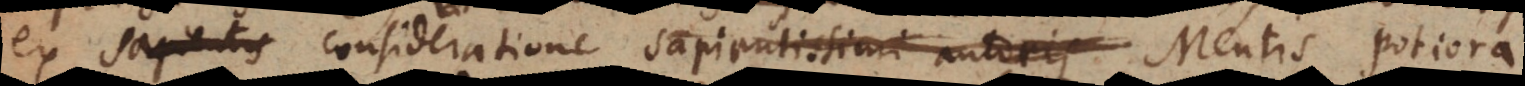
ex sapientis consideratione sapientissimi autoris Mentis potiora